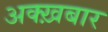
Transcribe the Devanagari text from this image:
अक्ख़बार